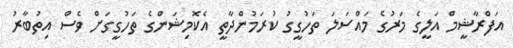
އަފްރާޝީމް އަލީގެ މަރުގެ މައްސަލަ ތަހުގީގު ކުރަމުންދާތީ އެކޮމިޝަންގެ ތަހުގީގަށް ވެސް އިތުބާރު